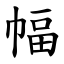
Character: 幅